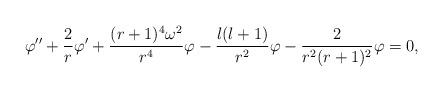
LaTeX: \begin{align*}\varphi'' + {2 \over r} \varphi' + { (r+1)^4 \omega^2 \over r^4} \varphi - {{l(l+1)} \over r^2} \varphi -{2 \over r^2 (r+1)^2} \varphi= 0, \end{align*}